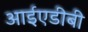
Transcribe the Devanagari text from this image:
आईएडीबी